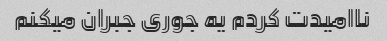
ناامیدت کردم یه جوری جبران میکنم